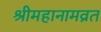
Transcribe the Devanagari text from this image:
श्रीमहानामव्रत